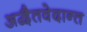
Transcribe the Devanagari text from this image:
अद्वैतवेदान्त